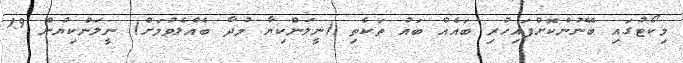
މިކޯޓުގައި ބޭނުންކޮށްފައިހުރި ބައެއް ބައު ތަކެތި (ނީލަންކިޔާ މުދާ ބެއްލެވުމަށް) ނީލަންކިޔުން 19